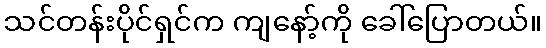
သင်တန်းပိုင်ရှင်က ကျနော့်ကို ခေါ်ပြောတယ်။